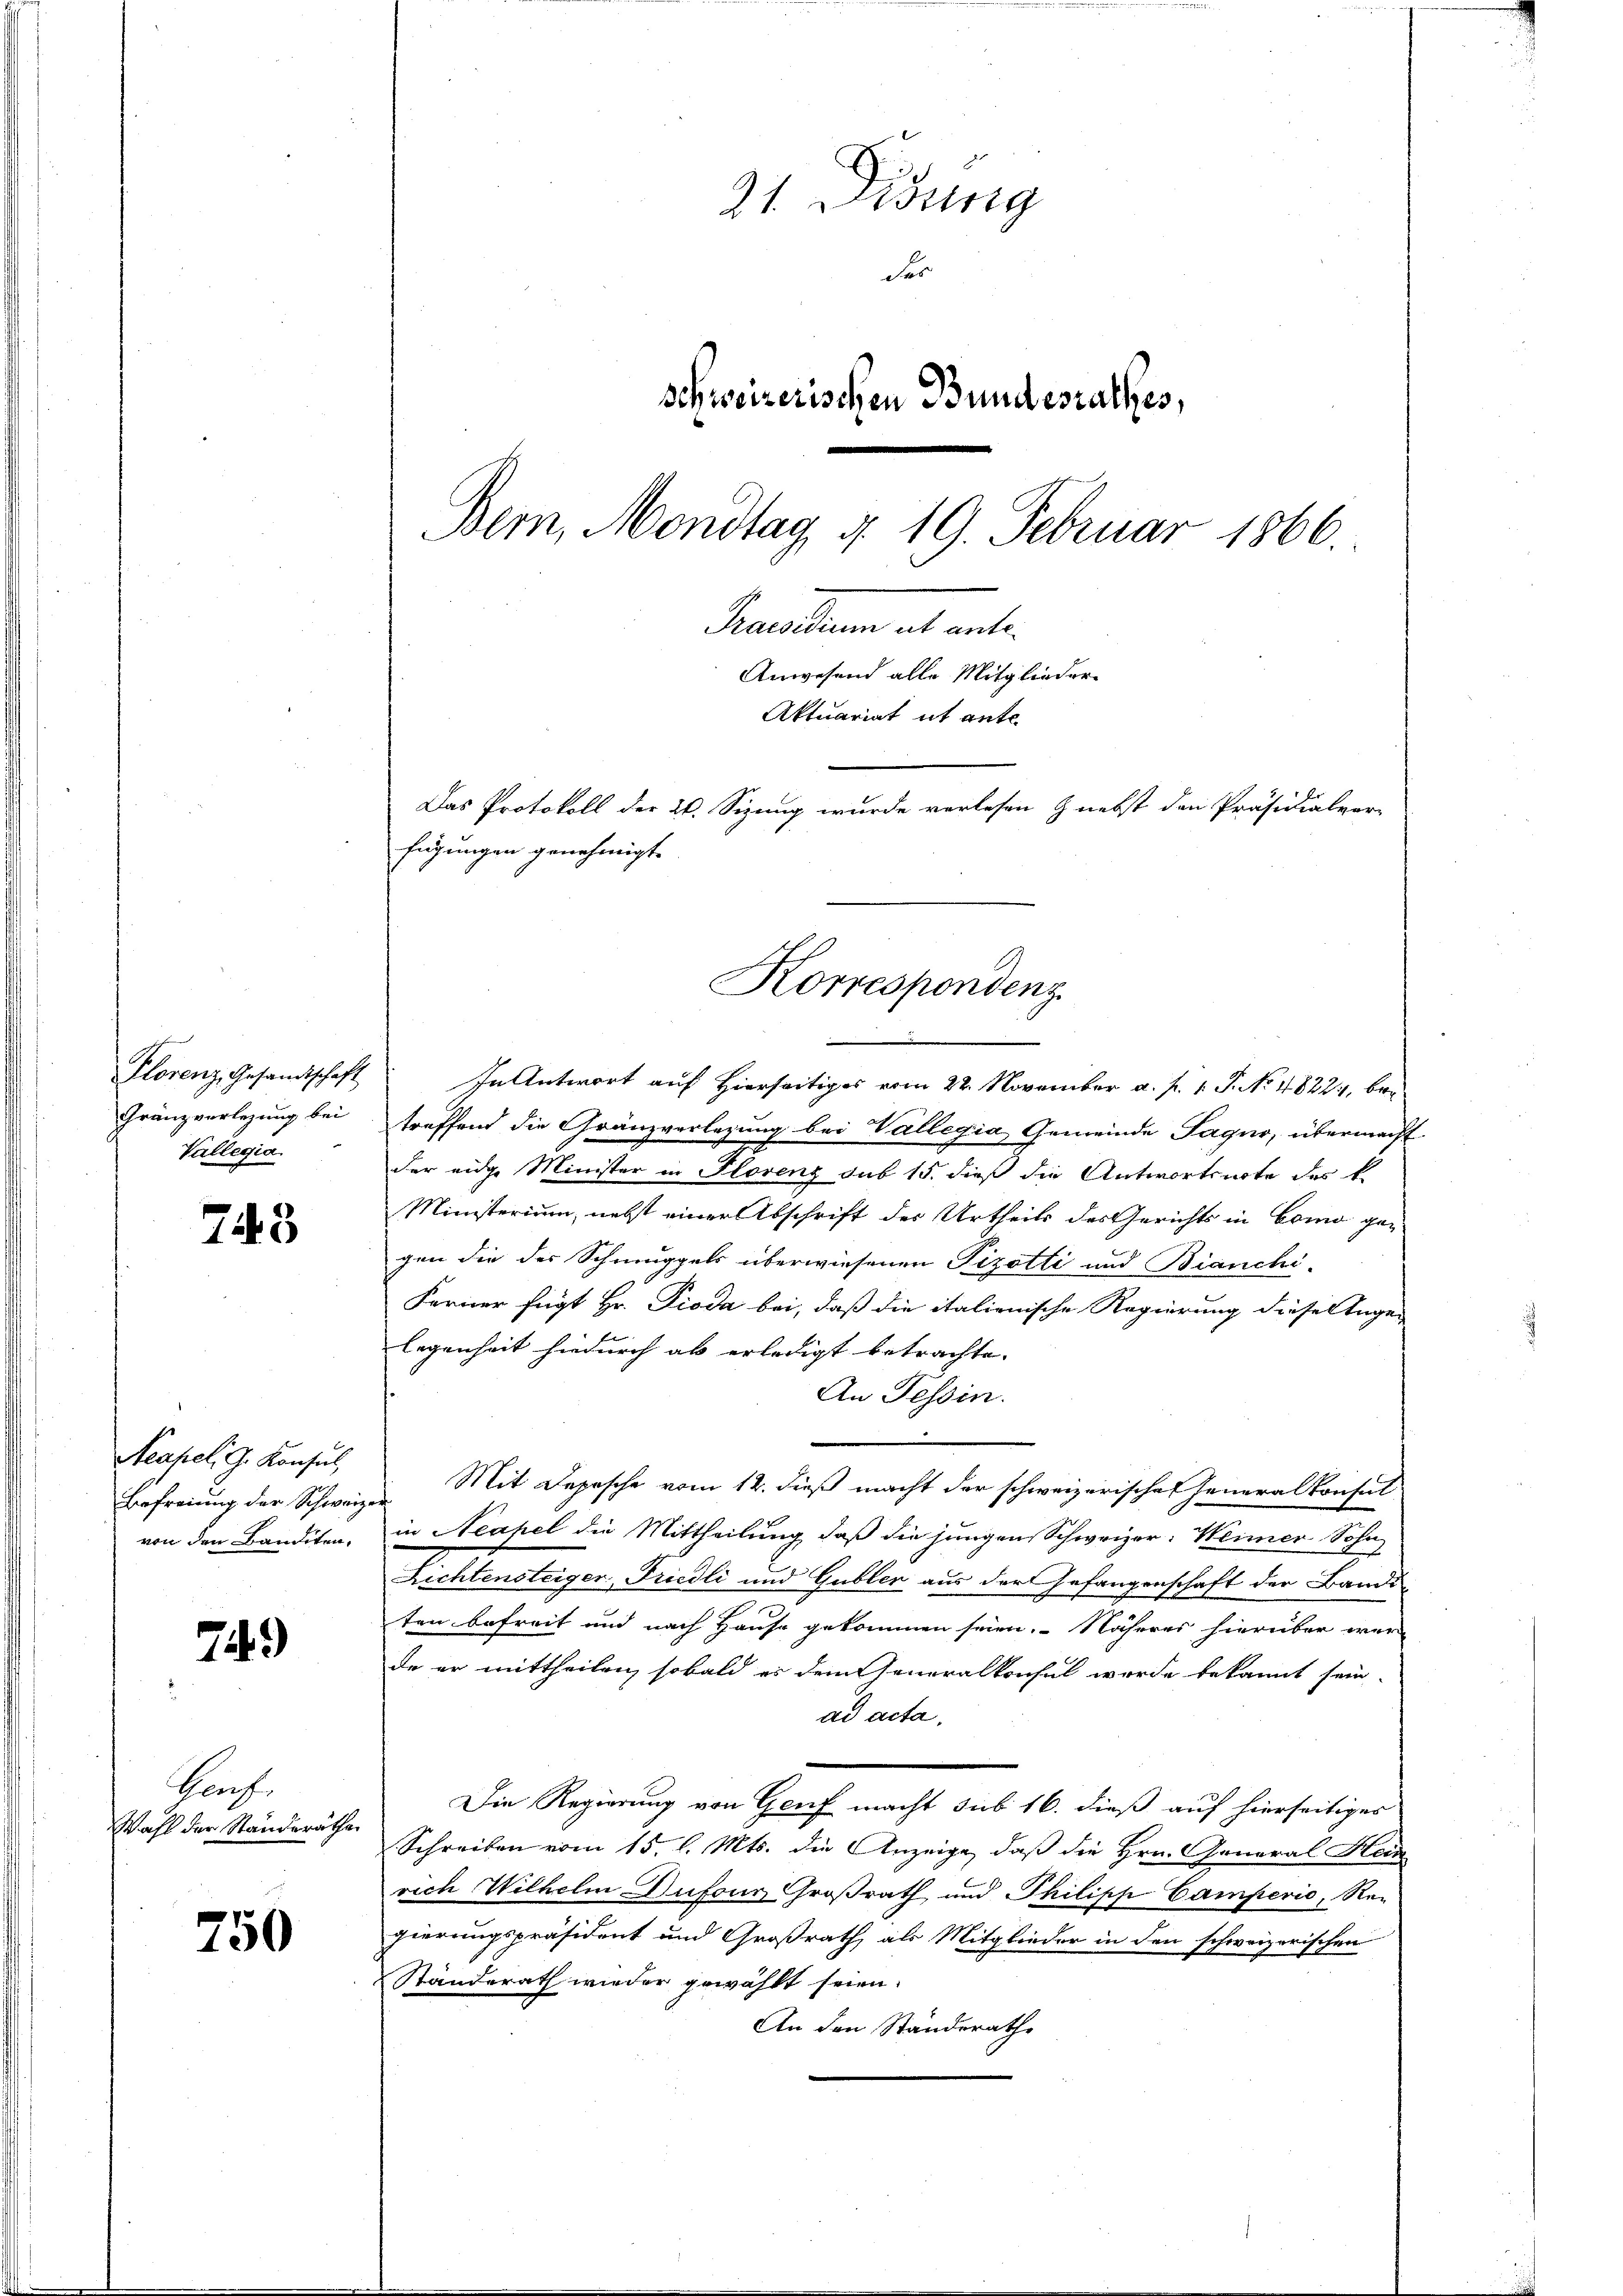
Plorenz, Gesandtschaft
Gränzverlegung bei
Vallegia.

743

Neapel. G. Konsul,
Befreiung der Schweize
von den Banditen.

749)

Hof
Wahl der Standeräthe

750

21. Didung
Fes
schweizerischen Bundesrathes,
Dem, Mondtag d. 19. Februar 1866
Praesidium ut ante¬
Anwesend alle Mitglieder-
Aktuariat it ante
Das Protokoll der 24. Sizung wurde verlesen & nebst den Präsidialvor-
fügungen genehmigt.

Korrespondenz.

In Antwort auf Hierseitiges vom 22. November a. p. 1. J. No. 48224, beitreffend die Gränzverlegung bei Vallegia, Gemeinde Jaquo, übermacht
der eidge Minister in Florenz sub 15. dieß die Antwortsnote des b
Ministerium, nebst einer Abschrift des Urtheils des Gerichts in Como gegen die der Schmuggels überwiesenen Pizotti und Bianchi-
Ferner fügt Hr. Pioda bei, daß die italienische Regierung diese Angen
legenheit hiedurch ab erledigt betrachte.
An Tessin.
 Mit Depesche vom 12. dieß macht der schweizerische Generalkonsul
in Neapel die Mittheilung, daß die jungen Schweizer-Weiner Sohn
Lichtensteiger Friedli und Gubler aus der Gefangenschaft der Bande
ten befreit und nach Hause gekommen seien. Näheres hierüber wer
de er mittheilen, sobald es dem Generalkonsul werde bekannt sein.
ad acta,
Die Regierung von Genf macht sub 16. dieß auf hierseitiges
Schreiben vom 15. l. Mts. die Anzeige, daß die Hrn. General Hein
rich Wilhelm, Dufour Großrath, und Philiph Camperio, Re-
gierungspräsident und Großrath, als Mitglieder in den schweizerischen
Standerath wieder gewählt seien.
An den Ständerathe